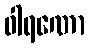
ဝါရဏော